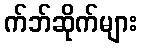
က်ဘ်ဆိုက်များ